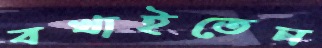
বখাইতেন